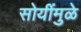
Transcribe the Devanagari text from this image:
सोयींमुळे